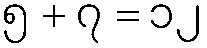
၅ + ၇ = ၁၂